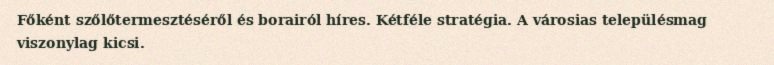
Főként szőlőtermesztéséről és borairól híres. Kétféle stratégia. A városias településmag viszonylag kicsi.